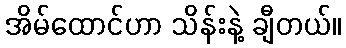
အိမ်ထောင်ဟာ သိန်းနဲ့ ချီတယ်။